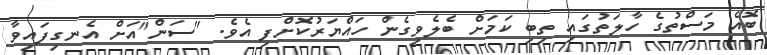
ބޮއެ މަސްތުގެ ހާލަތުގައި ތިބި ކަމަށް ބެލެވިގެން ހައްޔަރުކޮށްފި އެވެ. "ސަން"އަށް އެނގިފައިވާ